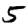
Digit: 5